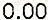
0.00